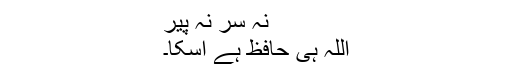
نہ سر نہ پیر
اللہ ہی حافظ ہے اسکا۔